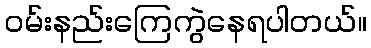
ဝမ်းနည်းကြေကွဲနေရပါတယ်။